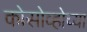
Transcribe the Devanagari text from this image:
कोसोव्होच्या